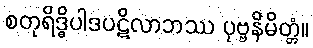
စတုရိဒ္ဓိပါဒပဋိလာဘဿ ပုဗ္ဗနိမိတ္တံ။